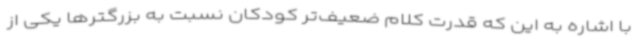
با اشاره به این که قدرت کلام ضعیف‌تر کودکان نسبت به بزرگترها یکی از